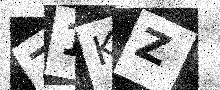
Text: Z1KZ